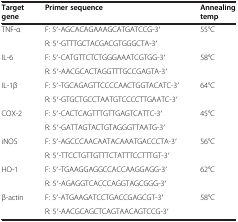
<table><thead><tr><td><b>Target gene</b></td><td><b>Primer sequence</b></td><td><b>Annealing temp</b></td></tr></thead><tbody><tr><td>TNF-α</td><td>F: 5′-AGCACAGAAAGCATGATCCG-3′</td><td rowspan="2">55°C</td></tr><tr><td> </td><td>R: 5′-GTTTGCTACGACGTGGGCTA-3′</td></tr><tr><td>IL-6</td><td>F: 5′-CATGTTCTCTGGGAAATCGTGG-3′</td><td rowspan="2">58°C</td></tr><tr><td> </td><td>R: 5′-AACGCACTAGGTTTGCCGAGTA-3′</td></tr><tr><td>IL-1β</td><td>F: 5′-TGCAGAGTTCCCCAACTGGTACATC-3′</td><td rowspan="2">64°C</td></tr><tr><td> </td><td>R: 5′-GTGCTGCCTAATGTCCCCTTGAATC-3′</td></tr><tr><td>COX-2</td><td>F: 5′-CACTCAGTTTGTTGAGTCATTC-3′</td><td rowspan="2">45°C</td></tr><tr><td> </td><td>R: 5′-GATTAGTACTGTAGGGTTAATG-3′</td></tr><tr><td>iNOS</td><td>F: 5′-AGCCCAACAATACAAATGACCCTA-3′</td><td rowspan="2">56°C</td></tr><tr><td> </td><td>R: 5′-TTCCTGTTGTTTCTATTTCCTTTGT-3′</td></tr><tr><td>HO-1</td><td>F: 5′-TGAAGGAGGCCACCAAGGAGG-3′</td><td rowspan="2">62°C</td></tr><tr><td> </td><td>R: 5′-AGAGGTCACCCAGGTAGCGGG-3′</td></tr><tr><td>β-actin</td><td>F: 5′-ATGAAGATCCTGACCGAGCGT-3′</td><td rowspan="2">58°C</td></tr><tr><td> </td><td>R: 5′-AACGCAGCTCAGTAACAGTCCG-3′</td></tr></tbody></table>